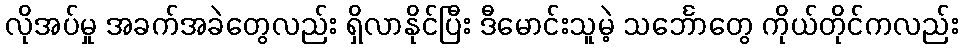
လိုအပ်မှု အခက်အခဲတွေလည်း ရှိလာနိုင်ပြီး ဒီမောင်းသူမဲ့ သင်္ဘောတွေ ကိုယ်တိုင်ကလည်း